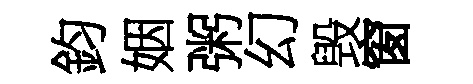
鈞姻粥幻毁窗